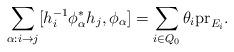
LaTeX: \begin{align*}\sum_{\alpha:i\to j}[h_i^{-1}\phi_\alpha^*h_j,\phi_\alpha]=\sum_{i\in Q_0}\theta_i\mathrm{pr}_{E_i}.\end{align*}